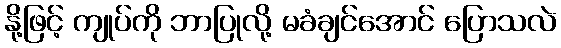
နို့ဖြင့် ကျုပ်ကို ဘာပြုလို့ မခံချင်အောင် ပြောသလဲ